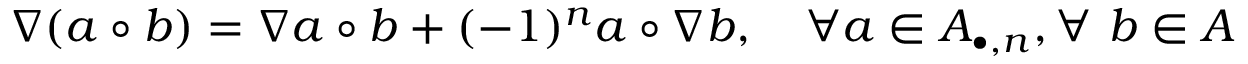
\nabla ( a \circ b ) = \nabla a \circ b + ( - 1 ) ^ { n } a \circ \nabla b , \quad \forall a \in { \cal A } _ { \bullet , n } , \forall ~ b \in { \cal A }